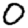
Digit: 0